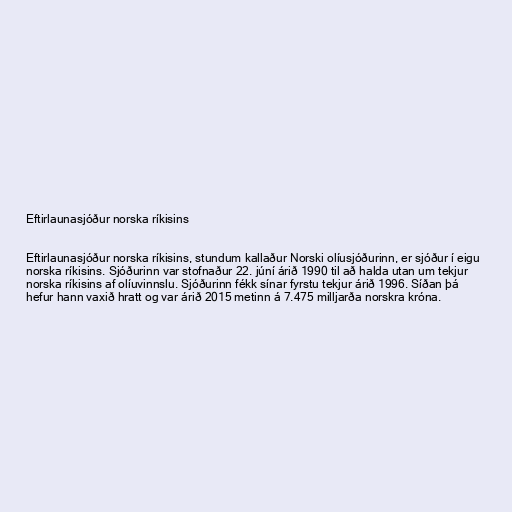
Eftirlaunasjóður norska ríkisins

Eftirlaunasjóður norska ríkisins, stundum kallaður Norski olíusjóðurinn, er sjóður í eigu
norska ríkisins. Sjóðurinn var stofnaður 22. júní árið 1990 til að halda utan um tekjur
norska ríkisins af olíuvinnslu. Sjóðurinn fékk sínar fyrstu tekjur árið 1996. Síðan þá
hefur hann vaxið hratt og var árið 2015 metinn á 7.475 milljarða norskra króna.